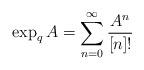
LaTeX: \begin{align*}\exp_qA=\sum_{n=0}^\infty \frac{A^n}{[n]!} \end{align*}